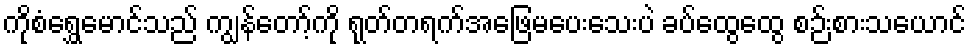
ကိုစံရွှေမောင်သည် ကျွန်တော့်ကို ရုတ်တရက်အဖြေမပေးသေးပဲ ခပ်ထွေထွေ စဉ်းစားသယောင်